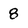
Character: 8